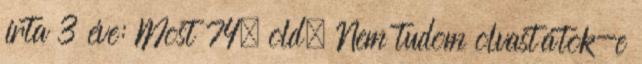
írta 3 éve: Most 74. old. Nem tudom olvastátok-e